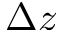
\Delta z